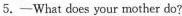
5.—What does your mother do?